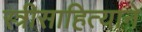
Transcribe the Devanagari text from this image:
स्त्रीसाहित्याने